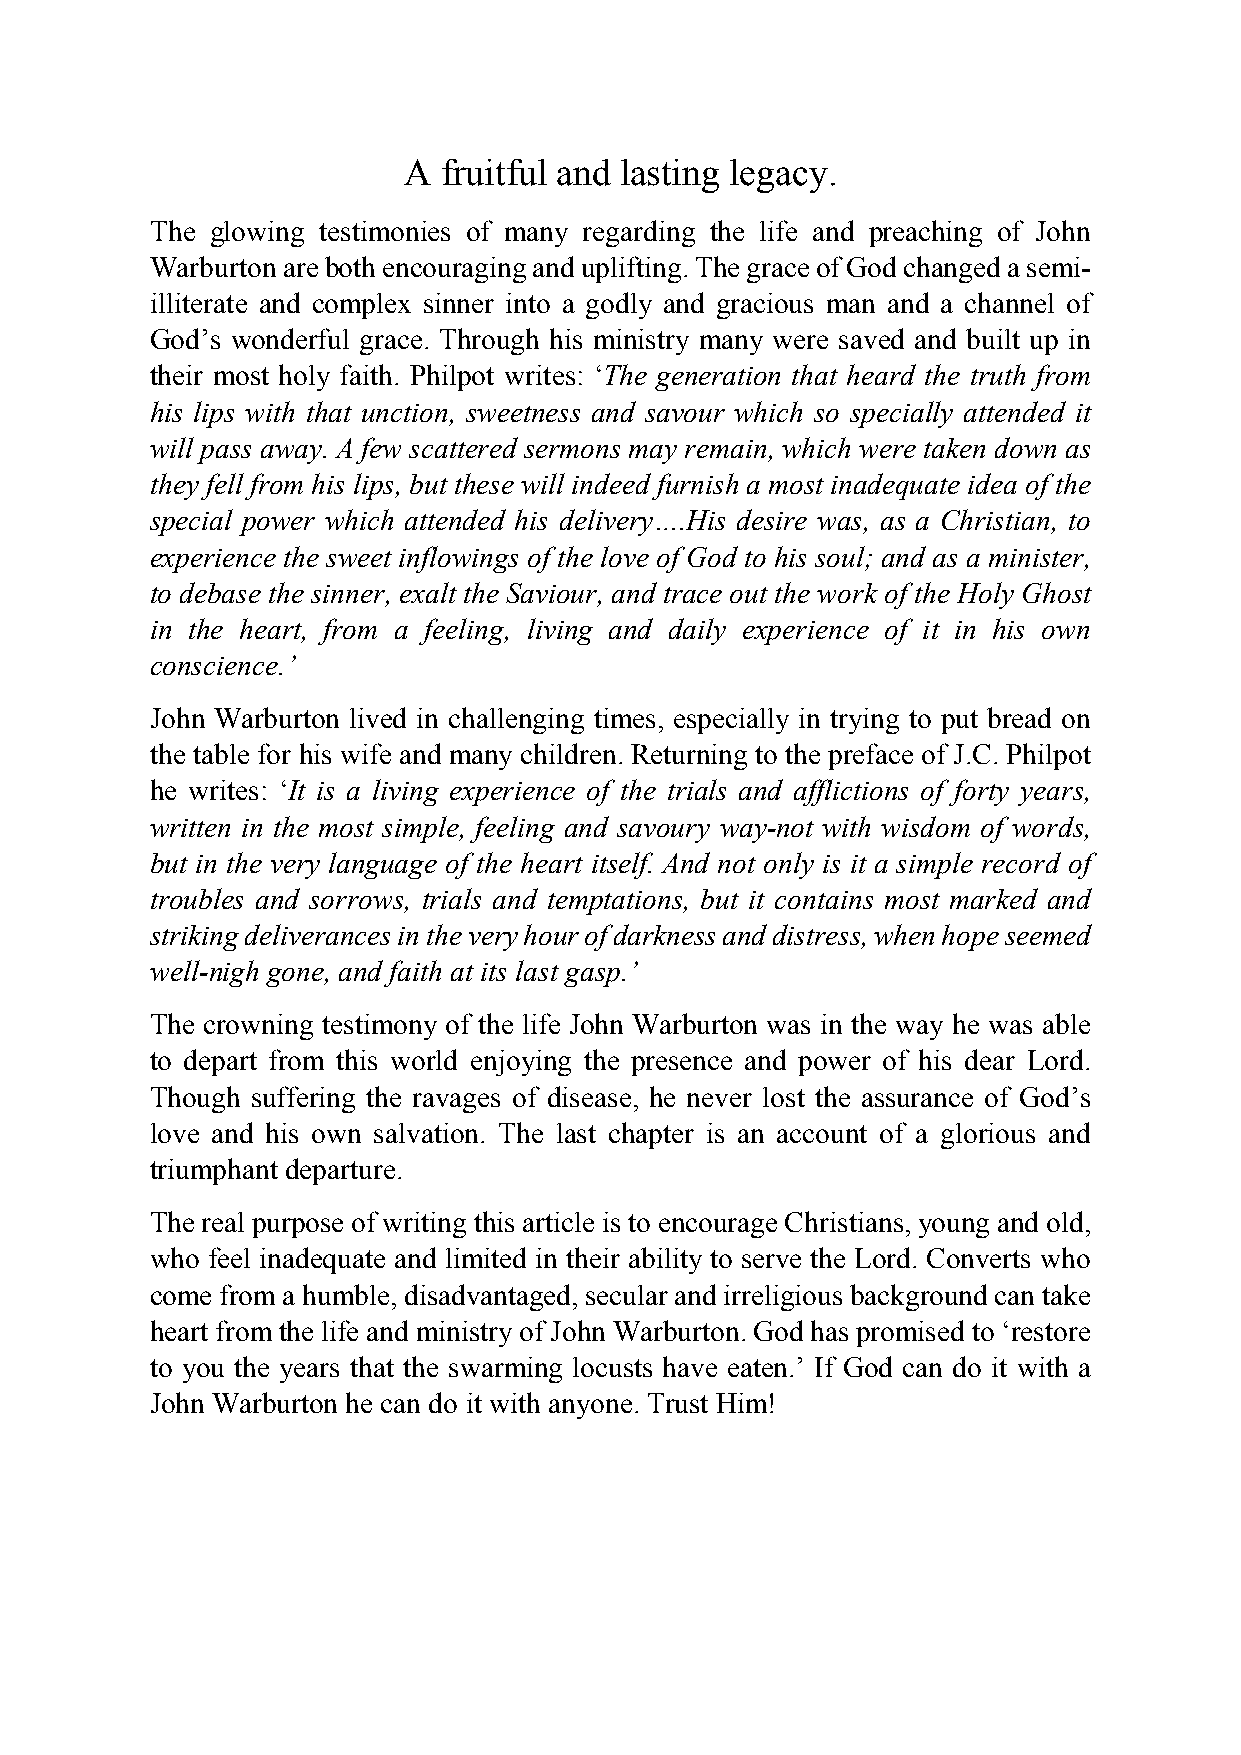
A fruitful and lasting legacy.
 The glowing testimonies of many regarding the life and preaching of John
 Warburton are both encouraging and uplifting. The grace of God changed a semi-
 illiterate and complex sinner into a godly and gracious man and a channel of
 God’s wonderful grace. Through his ministry many were saved and built up in
 their most holy faith. Philpot writes: ‘The generation that heard the truth from
 his lips with that unction, sweetness and savour which so specially attended it
 will pass away. A few scattered sermons may remain, which were taken down as
 they fell from his lips, but these will indeed furnish a most inadequate idea of the
 special power which attended his delivery….His desire was, as a Christian, to
 experience the sweet inflowings of the love of God to his soul; and as a minister,
 to debase the sinner, exalt the Saviour, and trace out the work of the Holy Ghost
 in the heart, from a feeling, living and daily experience of it in his own
 conscience.’
 John Warburton lived in challenging times, especially in trying to put bread on
 the table for his wife and many children. Returning to the preface of J.C. Philpot
 he writes: ‘It is a living experience of the trials and afflictions of forty years,
 written in the most simple, feeling and savoury way-not with wisdom of words,
 but in the very language of the heart itself. And not only is it a simple record of
 troubles and sorrows, trials and temptations, but it contains most marked and
 striking deliverances in the very hour of darkness and distress, when hope seemed
 well-nigh gone, and faith at its last gasp.’
 The crowning testimony of the life John Warburton was in the way he was able
 to depart from this world enjoying the presence and power of his dear Lord.
 Though suffering the ravages of disease, he never lost the assurance of God’s
 love and his own salvation. The last chapter is an account of a glorious and
 triumphant departure.
 The real purpose of writing this article is to encourage Christians, young and old,
 who feel inadequate and limited in their ability to serve the Lord. Converts who
 come from a humble, disadvantaged, secular and irreligious background can take
 heart from the life and ministry of John Warburton. God has promised to ‘restore
 to you the years that the swarming locusts have eaten.’ If God can do it with a
 John Warburton he can do it with anyone. Trust Him!